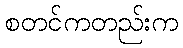
စတင်ကတည်းက